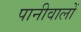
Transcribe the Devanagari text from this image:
पानीवालों